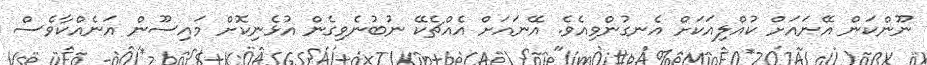
ނޫންކަން އޭނައަށް ކުއްލިއަކަށް އެނގުންވިއެވެ. އޭނައަށް އެއްޗެކޭ ނުބުނެވިގެން އުޅެނިކޮށް މައިސޫން އަނެއްކާވެސް